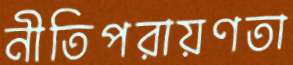
নীতিপরায়ণতা